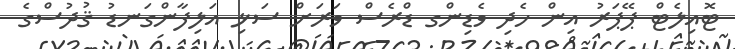
ޓޮއިލެޓް ޕޭޕަރު އިން ހެދި ވެޑިންގ ޑްރެސް ވަރަށް ސަޅި އަލިފާންގަނޑު ޤުދުސްގެ